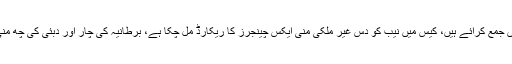
رپورٹ میں بتایا گیا ہے ان ایکس چینج کمپنیوں نےسینتیس کروڑ سلمان شہباز اور دیگر کے اکاؤنٹ میں جمع کرائے ہیں، کیس میں نیب کو دس غیر ملکی منی ایکس چینجرز کا ریکارڈ مل چکا ہے، برطانیہ کی چار اور دبئی کی چھ منی ایکسچینج سے رقوم منتقل ہوئیں، اور یہ رقوم شہباز شریف، حمزہ شہباز، سلمان شہباز کو بھیجی گئیں۔